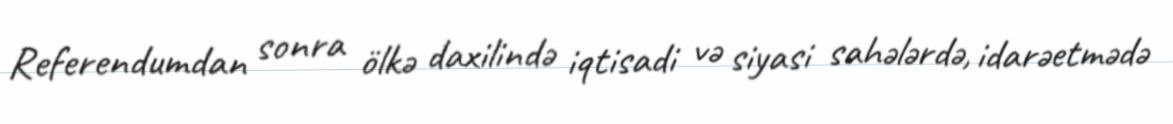
Referendumdan sonra ölkə daxilində iqtisadi və siyasi sahələrdə, idarəetmədə